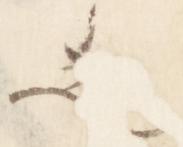
之